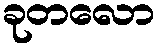
ခုတလော